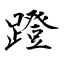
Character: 蹬